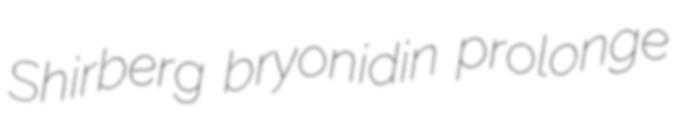
Shirberg bryonidin prolonge